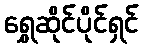
ရွှေဆိုင်ပိုင်ရှင်